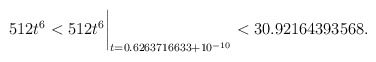
\begin{align*}512 t^6 < 512 t^6\biggr\rvert_{t=0.6263716633 + 10^{-10}} < 30.92164393568 .\end{align*}